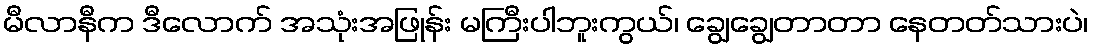
မီလာနီက ဒီလောက် အသုံးအဖြုန်း မကြီးပါဘူးကွယ်၊ ချွေချွေတာတာ နေတတ်သားပဲ၊